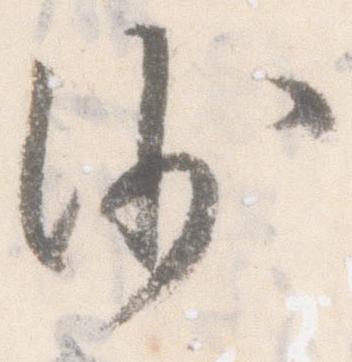
沙